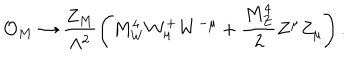
LaTeX: { \cal O } _ { M } \rightarrow \frac { Z _ { M } } { \Lambda ^ { 2 } } \left( M _ { W } ^ { 4 } W _ { \mu } ^ { + } W ^ { - \mu } + \frac { M _ { Z } ^ { 4 } } { 2 } Z ^ { \mu } Z _ { \mu } \right) .